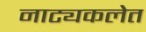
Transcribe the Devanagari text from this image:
नाट्यकलेत